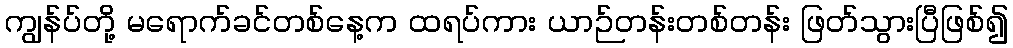
ကျွန်ပ်တို့ မရောက်ခင်တစ်နေ့က ထရပ်ကား ယာဉ်တန်းတစ်တန်း ဖြတ်သွားပြီဖြစ်၍